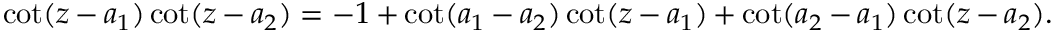
\cot ( z - a _ { 1 } ) \cot ( z - a _ { 2 } ) = - 1 + \cot ( a _ { 1 } - a _ { 2 } ) \cot ( z - a _ { 1 } ) + \cot ( a _ { 2 } - a _ { 1 } ) \cot ( z - a _ { 2 } ) .